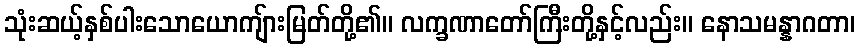
သုံးဆယ့်နှစ်ပါးသောယောကျ်ားမြတ်တို့၏။ လက္ခဏာတော်ကြီးတို့နှင့်လည်း။ နောသမန္နာဂတာ၊